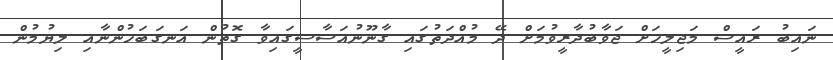
ނައިބު ރައީސް މަޖިލީހަށް ޖަވާބުދާރީވުމަށް ދޭ މުއްދަތުގައި ގާނޫނުއަސާސީގައިވާ ގޮތުން އަނގަބަހުންނާއި ލިޔުމުން